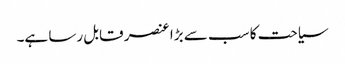
سیاحت کا سب سے بڑا عنصر قابل رسا ہے۔